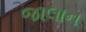
જાલાન